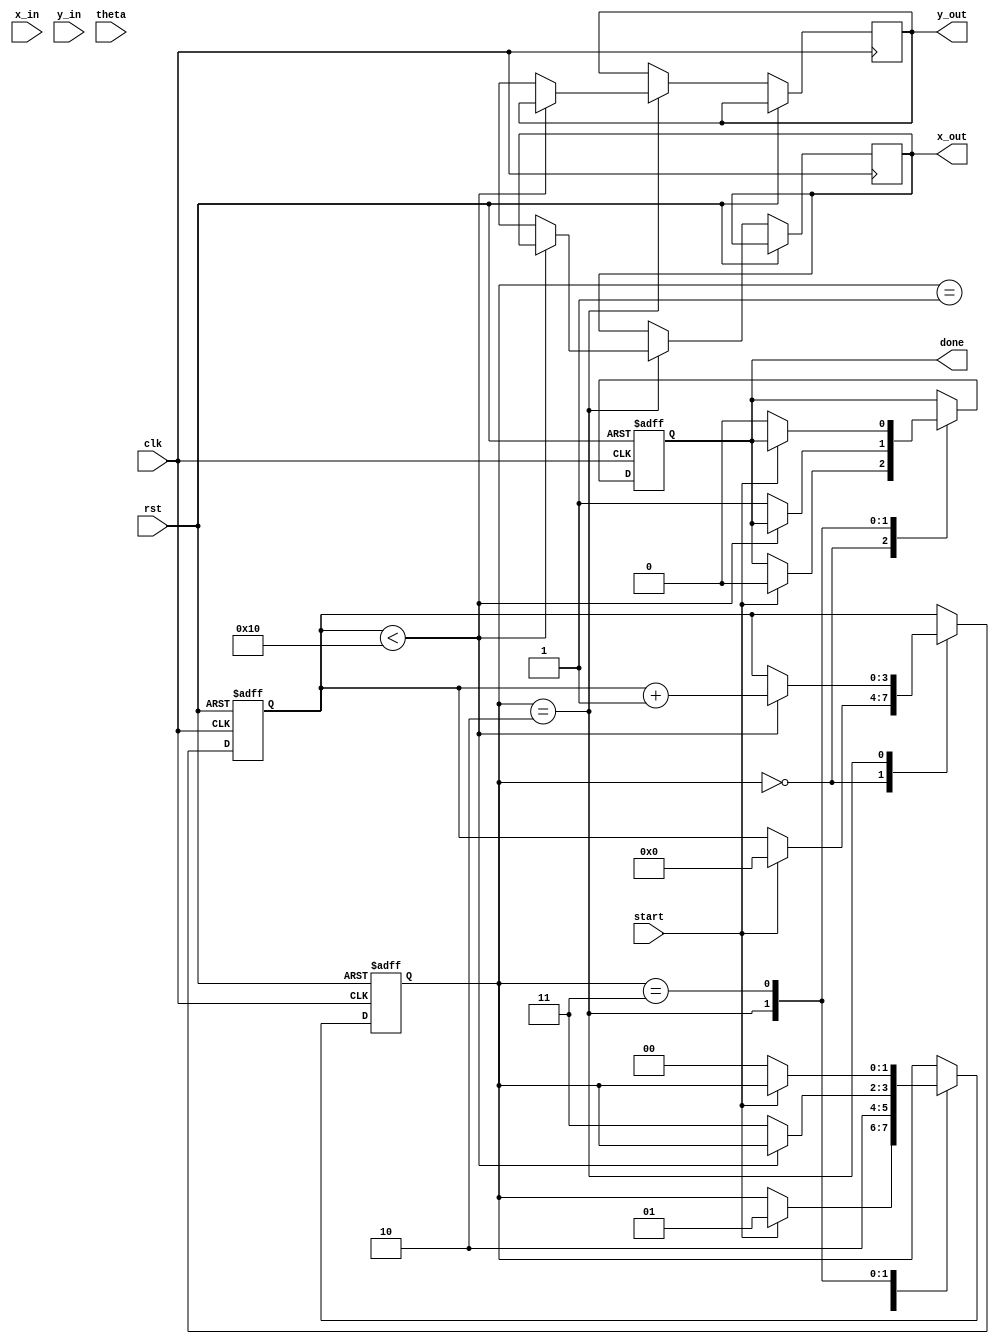
module modified_cordic (
    input wire clk,
    input wire rst,
    input wire start,
    input wire [15:0] x_in,   // Input x coordinate (fixed-point Qm.n)
    input wire [15:0] y_in,   // Input y coordinate (fixed-point Qm.n)
    input wire [15:0] theta,   // Input angle in radians (fixed-point Qm.n)
    output reg [15:0] x_out,   // Output x coordinate
    output reg [15:0] y_out,   // Output y coordinate
    output reg done           // Operation complete signal
);

    // Parameters
    localparam NUM_ITERATIONS = 16;
    localparam Q_M = 15; // Qm.n format
    localparam Q_N = 15;

    // Internal registers
    reg [15:0] x [0:NUM_ITERATIONS-1];
    reg [15:0] y [0:NUM_ITERATIONS-1];
    reg [15:0] angle [0:NUM_ITERATIONS-1];
    reg [3:0] iteration_count;
    reg [1:0] state;

    // State encoding
    localparam IDLE = 2'b00;
    localparam INIT = 2'b01;
    localparam ITERATE = 2'b10;
    localparam DONE = 2'b11;

    // Predefined arctan values for CORDIC
    initial begin
        angle[0] = 16'h26DD; // atan(1/2^0)
        angle[1] = 16'h1C71; // atan(1/2^1)
        angle[2] = 16'h16C9; // atan(1/2^2)
        angle[3] = 16'h0D9A; // atan(1/2^3)
        angle[4] = 16'h0A3D; // atan(1/2^4)
        angle[5] = 16'h0519; // atan(1/2^5)
        angle[6] = 16'h028F; // atan(1/2^6)
        angle[7] = 16'h0142; // atan(1/2^7)
        angle[8] = 16'h00A1; // atan(1/2^8)
        angle[9] = 16'h0051; // atan(1/2^9)
        angle[10] = 16'h0028; // atan(1/2^10)
        angle[11] = 16'h0014; // atan(1/2^11)
        angle[12] = 16'h000A; // atan(1/2^12)
        angle[13] = 16'h0005; // atan(1/2^13)
        angle[14] = 16'h0002; // atan(1/2^14)
        angle[15] = 16'h0001; // atan(1/2^15)
    end

    // FSM to control the operation
    always @(posedge clk or posedge rst) begin
        if (rst) begin
            state <= IDLE;
            iteration_count <= 0;
            done <= 0;
            x[0] <= 0;
            y[0] <= 0;
        end else begin
            case (state)
                IDLE: begin
                    if (start) begin
                        x[0] <= x_in;
                        y[0] <= y_in;
                        iteration_count <= 0;
                        done <= 0;
                        state <= INIT;
                    end
                end
                INIT: begin
                    // Initialize x and y
                    x[0] <= x_in;
                    y[0] <= y_in;
                    state <= ITERATE;
                end
                ITERATE: begin
                    if (iteration_count < NUM_ITERATIONS) begin
                        // CORDIC rotation logic
                        if (theta < 0) begin
                            x[iteration_count + 1] <= x[iteration_count] + (y[iteration_count] >> iteration_count);
                            y[iteration_count + 1] <= y[iteration_count] - (x[iteration_count] >> iteration_count);
                        end else begin
                            x[iteration_count + 1] <= x[iteration_count] - (y[iteration_count] >> iteration_count);
                            y[iteration_count + 1] <= y[iteration_count] + (x[iteration_count] >> iteration_count);
                        end
                        iteration_count <= iteration_count + 1;
                    end else begin
                        x_out <= x[NUM_ITERATIONS];
                        y_out <= y[NUM_ITERATIONS];
                        done <= 1;
                        state <= DONE;
                    end
                end
                DONE: begin
                    if (!start) begin
                        state <= IDLE;
                        done <= 0;
                    end
                end
            endcase
        end
    end

endmodule